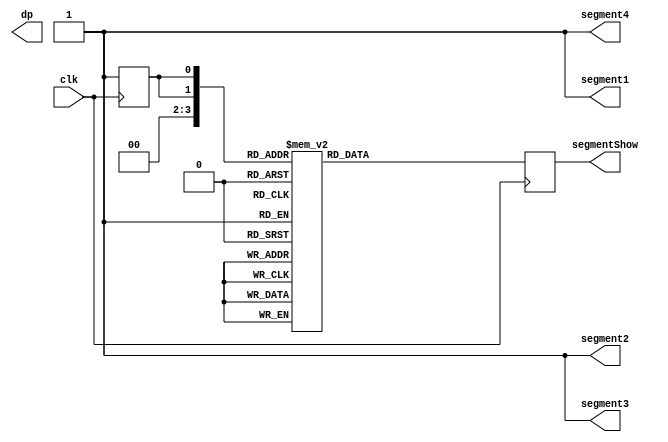
module digit2segment(clk,segmentShow,dp,segment1,segment2,segment3,segment4);

input clk;
output segment1,segment2,segment3,segment4,dp;
output [6:0] segmentShow;

reg [3:0] num = 0;  // temporary number
reg [6:0] abcdefg;  // abcdefg on segment

always @(posedge clk) begin  

	num <= 3;
	
	//-------- Interger to segment ----------------------------------
	case(num)
	1: abcdefg = 7'b0110000;
	2: abcdefg = 7'b1101101;
	3: abcdefg = 7'b1111001;
	4: abcdefg = 7'b0110011;
	5: abcdefg = 7'b1011011;
	6: abcdefg = 7'b1011111;
	7: abcdefg = 7'b1110000;
	8: abcdefg = 7'b1111111;
	9: abcdefg = 7'b1111011;
	0: abcdefg = 7'b1111110;
    default: abcdefg = 7'b0000000;
	endcase
end
assign segment1 = 1;	assign segment2 = 1;	assign segment3 = 1;	assign segment4 = 1;
assign segmentShow = abcdefg;    //num;
endmodule